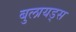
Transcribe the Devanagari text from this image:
बुलायड्स